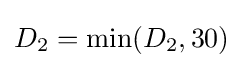
D_{2}=\min(D_{2},30)